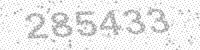
Solution: 285433